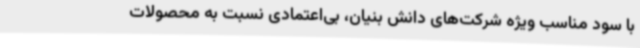
با سود مناسب ویژه شرکت‌های دانش بنیان، بی‌اعتمادی نسبت به محصولات